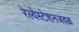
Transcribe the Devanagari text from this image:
रेल्वेस्टेशनजवळ